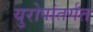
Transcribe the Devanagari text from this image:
युरोपांतर्गत